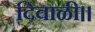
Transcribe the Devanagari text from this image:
दिवाळी॥